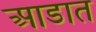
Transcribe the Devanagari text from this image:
आडात